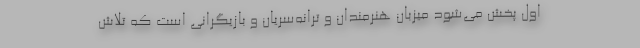
اول پخش می‌شود میزبان هنرمندان و ترانه‌سریان و بازیگرانی است که تلاش